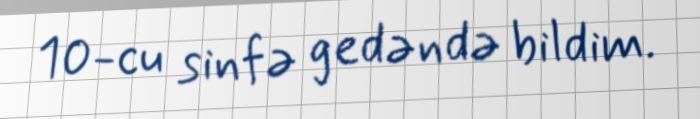
10-cu sinfə gedəndə bildim.